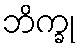
ဘိက္ခု